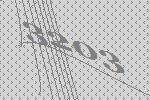
3203